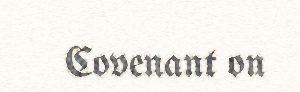
Covenant on